Vaccination in Bombay 1874-1876 - 1874-1876
Year: 1874
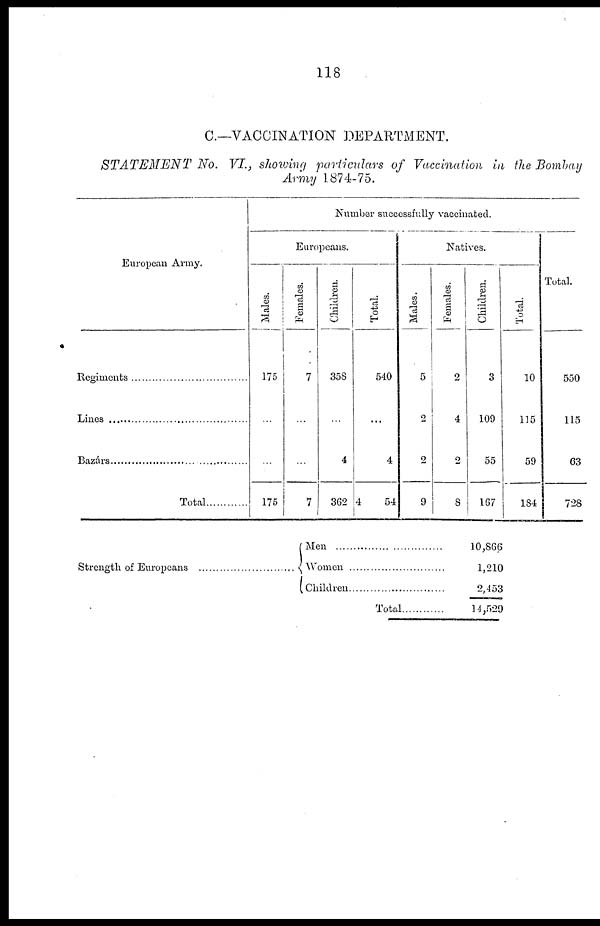
118
C—VACCINATION DEPARTMENT.
STATEMENT No. VI., showing particulars of Vaccination in the Bombay
Army 1874-75.
European Army.
Regiments
Lines.......................................
Bazárs.......................................
Total
Number successfully vaccinated.
Europeans.
Males.
175
...
...
175
Females.
7
...
...
7
Children.
358
...
4
362
Total.
540
...
4
4
54
Natives.
Males.
5
2
2
9
Females.
2
4
2
8
Children.
3
109
55
167
Total.
10
115
59
184
Total.
550
115
63
728
Strength of Europeans
Men.................................
Women...........................
Children
Total
10,866
1,210
2,453
14,529